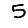
Digit: 5